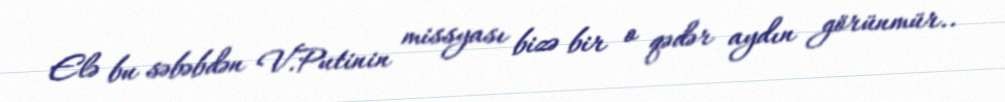
Elə bu səbəbdən V.Putinin missyası bizə bir o qədər aydın görünmür..